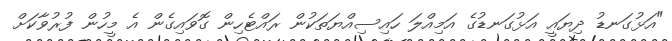
"އަޅުގަނޑު ދިޔައީ އަޅުގަނޑުގެ އަމިއްލަ ހައިސިއްޔަތަކުން ރައްޓެހިން ގޮވައިގެން އެ މީހުން ފުރުވާކަށް